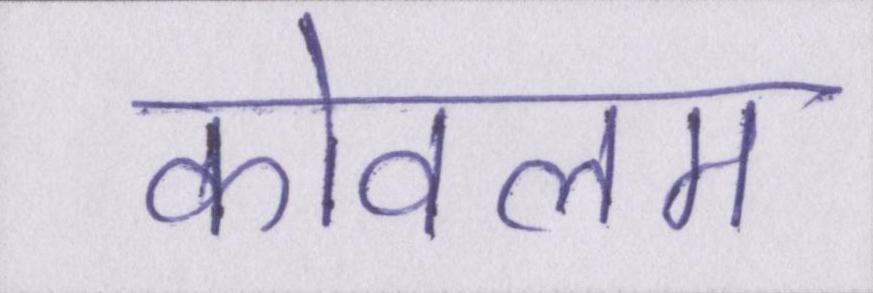
कोवलम